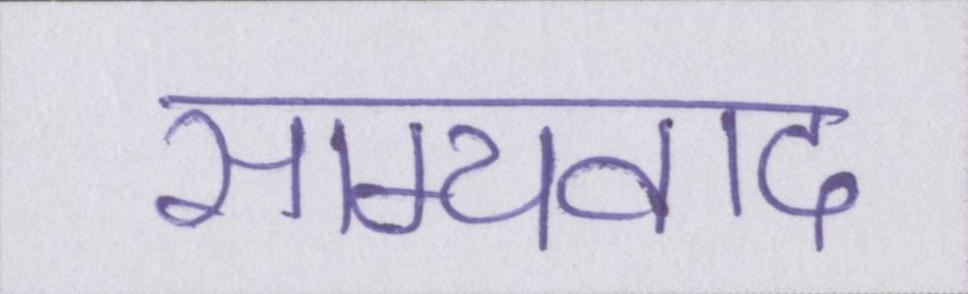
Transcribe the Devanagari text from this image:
साम्यवाद